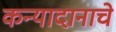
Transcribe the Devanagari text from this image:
कन्यादानाचे